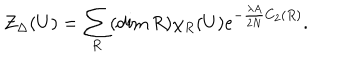
LaTeX: { \cal Z } _ { \Delta } ( U ) = \sum _ { R } ( \dim R ) \chi _ { R } ( U ) e ^ { - \frac { \lambda A } { 2 N } C _ { 2 } ( R ) } .